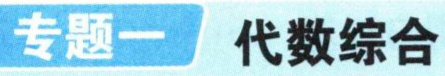
专题一 代数综合